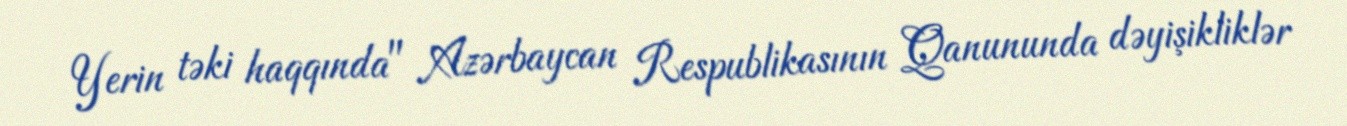
Yerin təki haqqında" Azərbaycan Respublikasının Qanununda dəyişikliklər